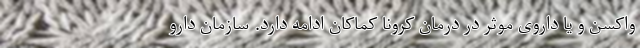
واکسن و یا داروی موثر در درمان کرونا کماکان ادامه دارد. سازمان دارو